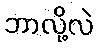
ဘာလို့လဲ